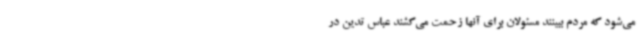
می‌شود که مردم ببینند مسئولان برای آنها زحمت می‌کشند عباس تدین در